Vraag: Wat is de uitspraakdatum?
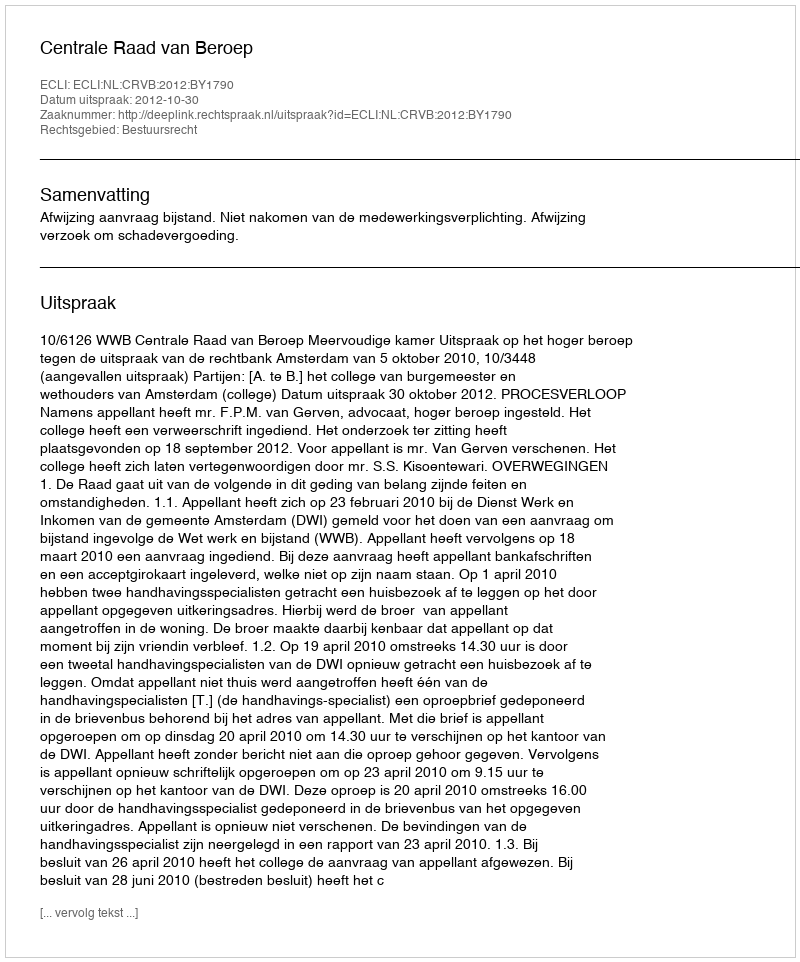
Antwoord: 2012-10-30